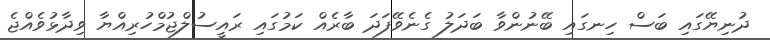
ދުނިޔޭގައި ބަސް ހިނގައި ބޭނުންވާ ބަދަލު ގެނެވޭފަދަ ބާރެއް ކަމުގައި ރައީސުލްޖުމްހުރިއްޔާ ވިދާޅުވެއްޖެ